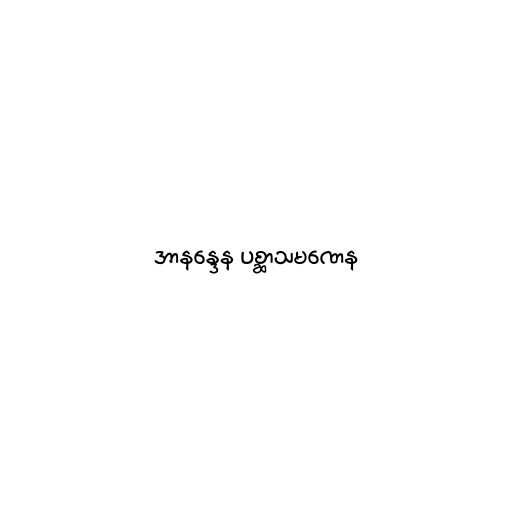
အာနန္ဒေန ပစ္ဆာသမဏေန